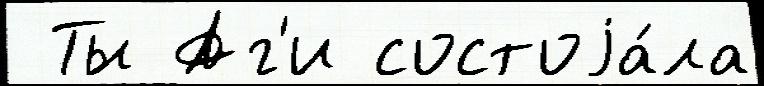
 Ты Аг'и состоjа́ла